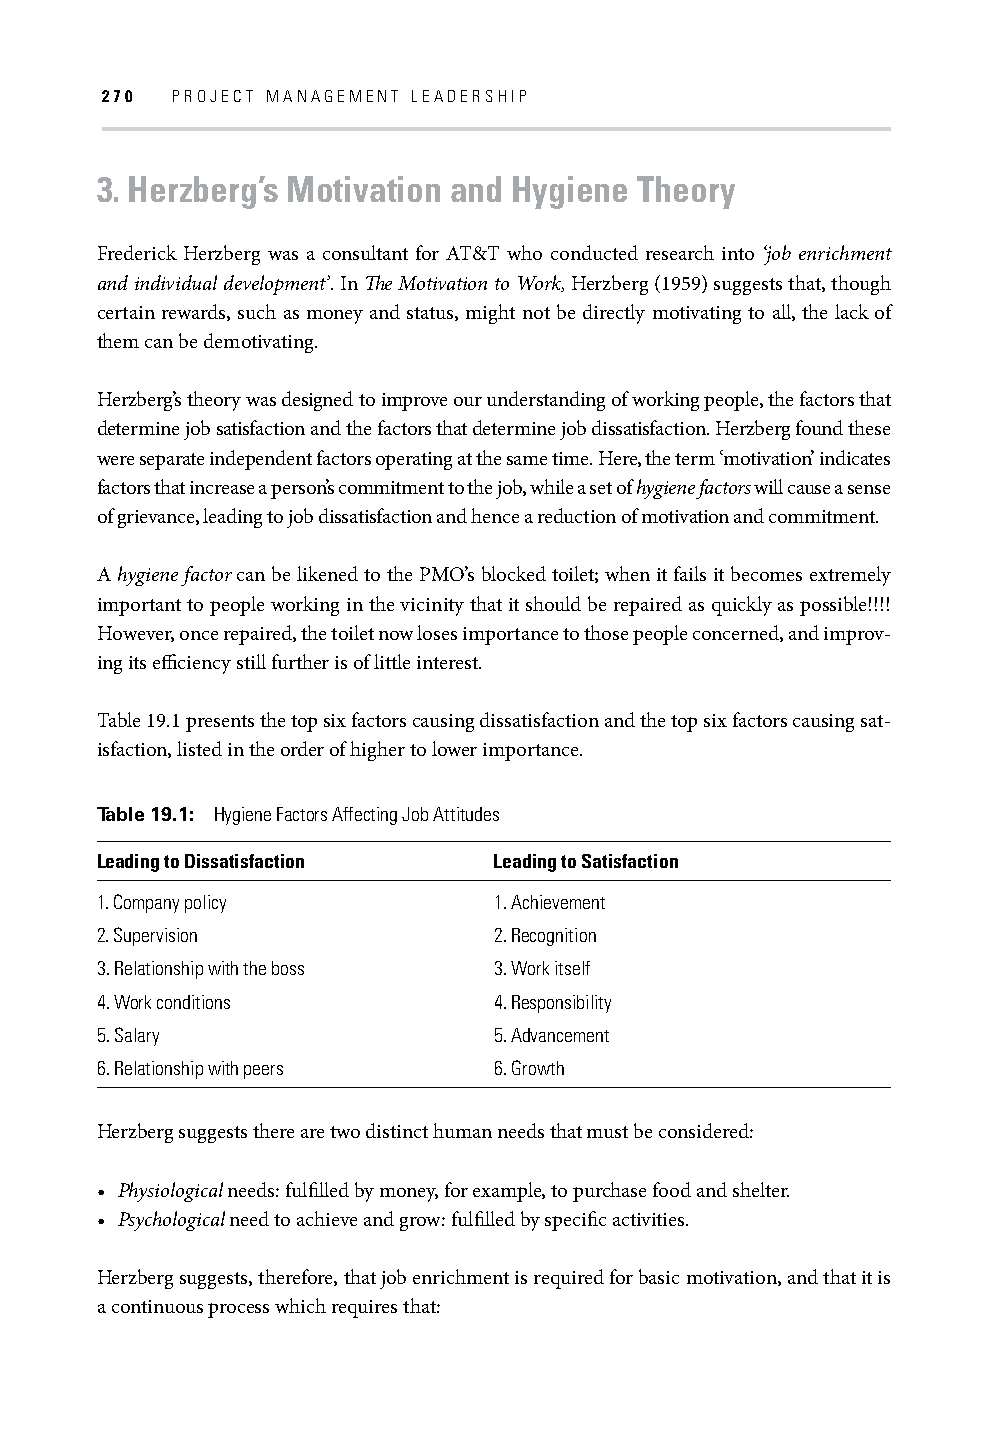
270 PROJECT MANAGEMENT LEADERSHIP
 3. Herzberg’s Motivation and Hygiene Theory
 Frederick Herzberg was a consultant for AT&T who conducted research into ‘job enrichment
 and individual development’. In Th e Motivation to Work, Herzberg (1959) suggests that, though
 certain rewards, such as money and status, might not be directly motivating to all, the lack of
 them can be demotivating.
 Herzberg’s theory was designed to improve our understanding of working people, the factors that
 determine job satisfaction and the factors that determine job dissatisfaction. Herzberg found these
 were separate independent factors operating at the same time. Here, the term ‘motivation’ indicates
 factors that increase a person’s commitment to the job, while a set of hygiene factors will cause a sense
 of grievance, leading to job dissatisfaction and hence a reduction of motivation and commitment.
 A hygiene factor can be likened to the PMO’s blocked toilet; when it fails it becomes extremely
 important to people working in the vicinity that it should be repaired as quickly as possible!!!!
 However, once repaired, the toilet now loses importance to those people concerned, and improv-
 ing its effi ciency still further is of little interest.
 Table 19.1 presents the top six factors causing dissatisfaction and the top six factors causing sat-
 isfaction, listed in the order of higher to lower importance.
 Table 19.1: Hygiene Factors Affecting Job Attitudes
 Leading to Dissatisfaction Leading to Satisfaction
 1. Company policy          1. Achievement
 2. Supervision             2. Recognition
 3. Relationship with the boss 3. Work itself
 4. Work conditions         4. Responsibility
 5. Salary                  5. Advancement
 6. Relationship with peers 6. Growth
 Herzberg suggests there are two distinct human needs that must be considered:
 • Physiological needs: fulfi lled by money, for example, to purchase food and shelter.
 • Psychological need to achieve and grow: fulfi lled by specifi c activities.
 Herzberg suggests, therefore, that job enrichment is required for basic motivation, and that it is
 a continuous process which requires that: